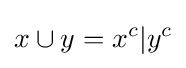
x\cup y=x^{c}|y^{c}